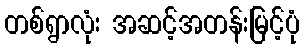
တစ်ရွာလုံး အဆင့်အတန်းမြင့်ပုံ